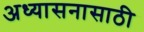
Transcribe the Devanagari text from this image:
अध्यासनासाठी